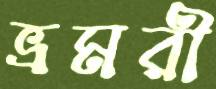
ভ্রমরী